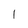
Character: 1